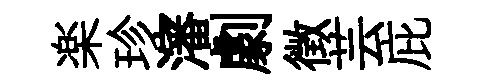
楽珍瀋劇徴芸庇